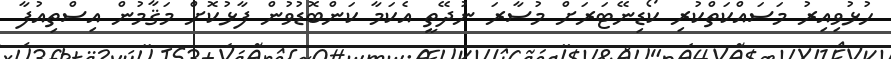
ހުޅުވިއިރު މަސައްކަތްކުރި ކޯޑިނޭޓަރަށް މުސާރަ ނުދޭތީ އެކަމާ ކަންބޮޑުވުން ފާޅުކޮށް މަޤާމުން އިސްތިއުފާ